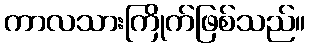
ကာလသားကြိုက်ဖြစ်သည်။